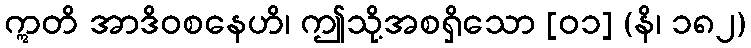
ဣတိ အာဒိဝစနေဟိ၊ ဤသို့အစရှိသော [၀၁] (နိ၊ ၁၈၂)